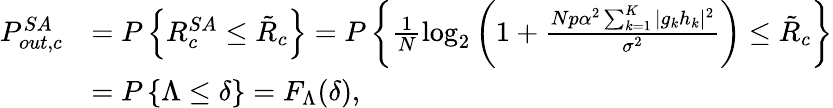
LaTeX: \begin{array}{rl}{P_{out,c}^{SA}}&{=P\left\{ R_{c}^{SA}\leq\tilde{R}_{c}\right\} =P\left\{ \frac{1}{N}\mathrm{log}_{2}\left(1+\frac{Np\alpha^{2}\sum_{k=1}^{K}|g_{k}h_{k}|^{2}}{\sigma^{2}}\right)\leq\tilde{R}_{c}\right\} }\\ &{=P\left\{ \Lambda\leq\delta\right\} =F_{\Lambda}(\delta),}\end{array}